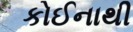
કોઈનાથી